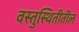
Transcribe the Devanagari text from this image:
वस्तुस्थितीतील